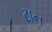
ટાન